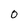
Character: 0